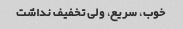
خوب، سریع، ولی تخفیف نداشت